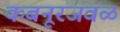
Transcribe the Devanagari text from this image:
कबनूरजवळ